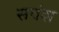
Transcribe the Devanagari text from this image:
सवंश